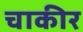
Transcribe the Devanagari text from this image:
चाकीर